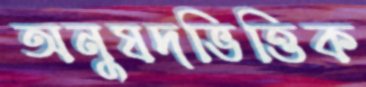
অনুষদভিত্তিক